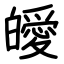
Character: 皧